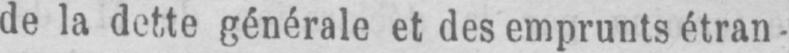
générale et des emprunts étran-